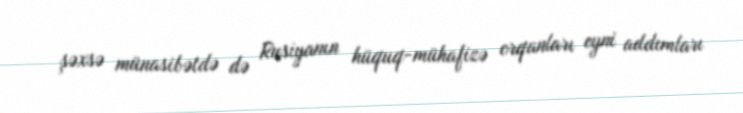
şəxsə münasibətdə də Rusiyanın hüquq-mühafizə orqanları eyni addımları